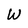
Character: W